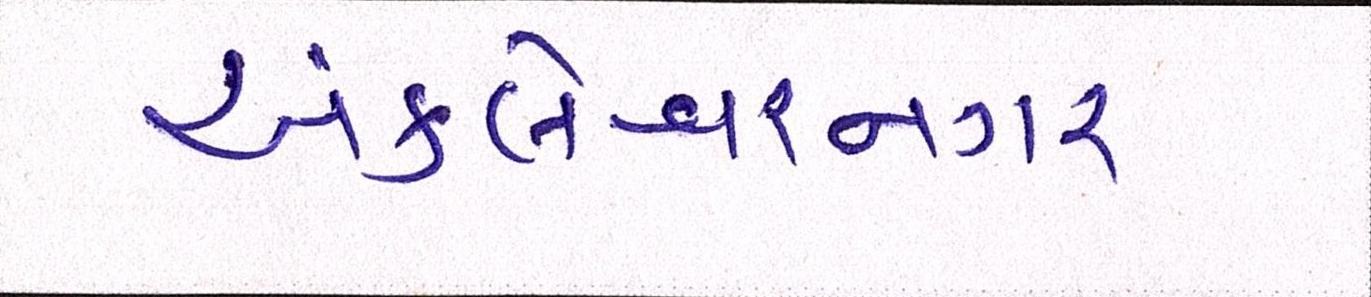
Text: અંકલેશ્વરનગર